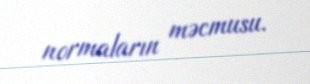
normaların məcmusu.